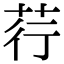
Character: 荇